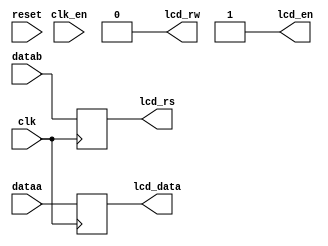
module LCD (
	dataa,
	datab,
	clk,
	clk_en,
	reset,
	lcd_rs,
	lcd_rw,
	lcd_en,
	lcd_data
);

	input wire [7:0] dataa;
	input wire datab;
	input clk, clk_en, reset;
	output reg lcd_rs, lcd_rw, lcd_en;
	output reg [7:0] lcd_data;
	
	initial begin
		lcd_rw = 0;
		lcd_en = 1;
	end
	
	always @ (posedge clk) begin
		lcd_data <= dataa;
		lcd_rs <= datab;
	end
  
endmodule